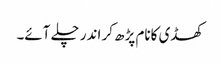
کھڈی کانام پڑھ کر اندر چلے آئے۔